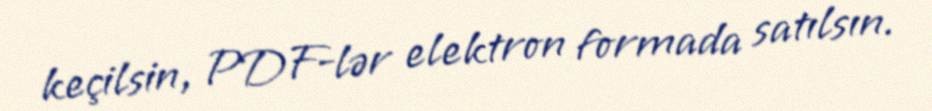
keçilsin, PDF-lər elektron formada satılsın.